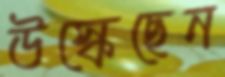
উস্‌কেছেন